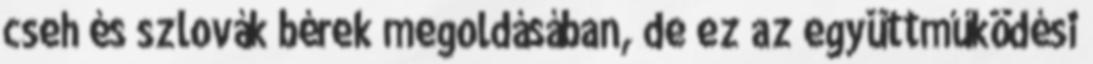
cseh és szlovák bérek megoldásában, de ez az együttműködési